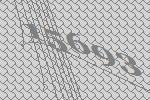
15693